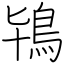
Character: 鴇